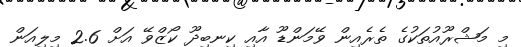
މި މަޝްރޫއުތަކުގެ ތެރެއިން ވޭމަންޑޫ އާއި ކިނބިދޫ ކޯޒްވޭ އަށް 2.6 މިލިއަން